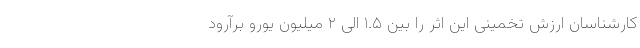
کارشناسان ارزش تخمینی این اثر را بین ۱.۵ الی ۲ میلیون یورو برآرود